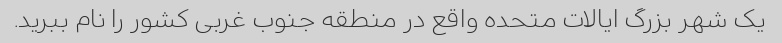
یک شهر بزرگ ایالات متحده واقع در منطقه جنوب غربی کشور را نام ببرید.